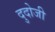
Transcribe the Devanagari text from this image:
दुदोजी